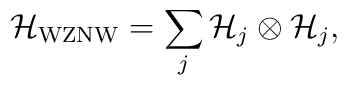
{\cal H}_{\rm WZNW} = \sum_j {\cal H}_j \otimes {\cal H}_j,